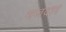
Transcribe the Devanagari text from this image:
मजदार